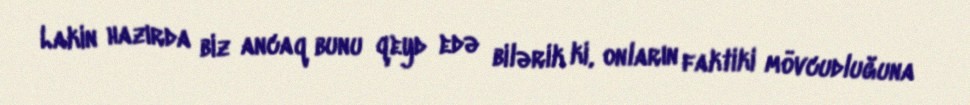
Lakin hazırda biz ancaq bunu qeyd edə bilərik ki, onların faktiki mövcudluğuna